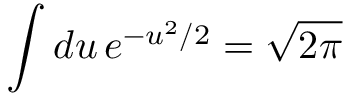
\int d u \, e ^ { - u ^ { 2 } / 2 } = \sqrt { 2 \pi }